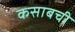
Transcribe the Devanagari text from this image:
कसाबची